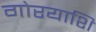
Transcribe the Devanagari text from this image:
गोरयाशि